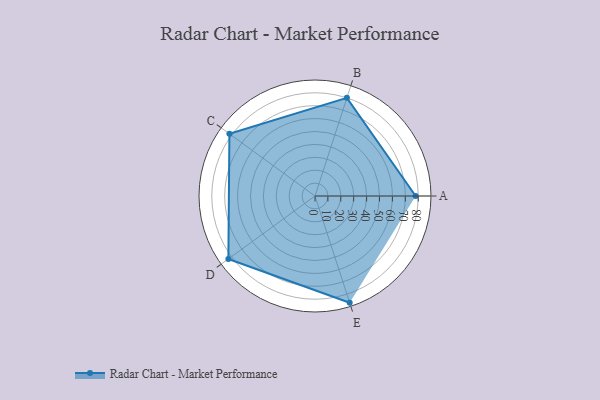
{"axis": {"x": "Skill", "y": "Score"}, "legend": ["Profile"], "data": [{"x": "A", "y": 78.0, "type": "Profile"}, {"x": "B", "y": 80.0, "type": "Profile"}, {"x": "C", "y": 82.0, "type": "Profile"}, {"x": "D", "y": 83.0, "type": "Profile"}, {"x": "E", "y": 87.0, "type": "Profile"}]}